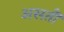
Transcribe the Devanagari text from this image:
असतॊ